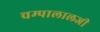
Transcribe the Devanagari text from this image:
चम्पालालजी